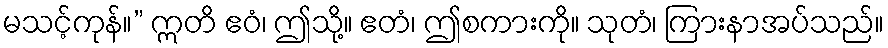
မသင့်ကုန်။” ဣတိ ဧဝံ၊ ဤသို့။ ဧတံ၊ ဤစကားကို။ သုတံ၊ ကြားနာအပ်သည်။